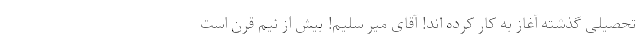
تحصیلی گذشته آغاز به کار کرده اند! آقای میر سلیم! بیش از نیم قرن است